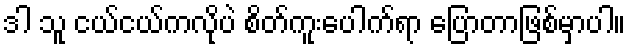
ဒါ သူ ငယ်ငယ်ကလိုပဲ စိတ်ကူးပေါက်ရာ ပြောတာဖြစ်မှာပါ။